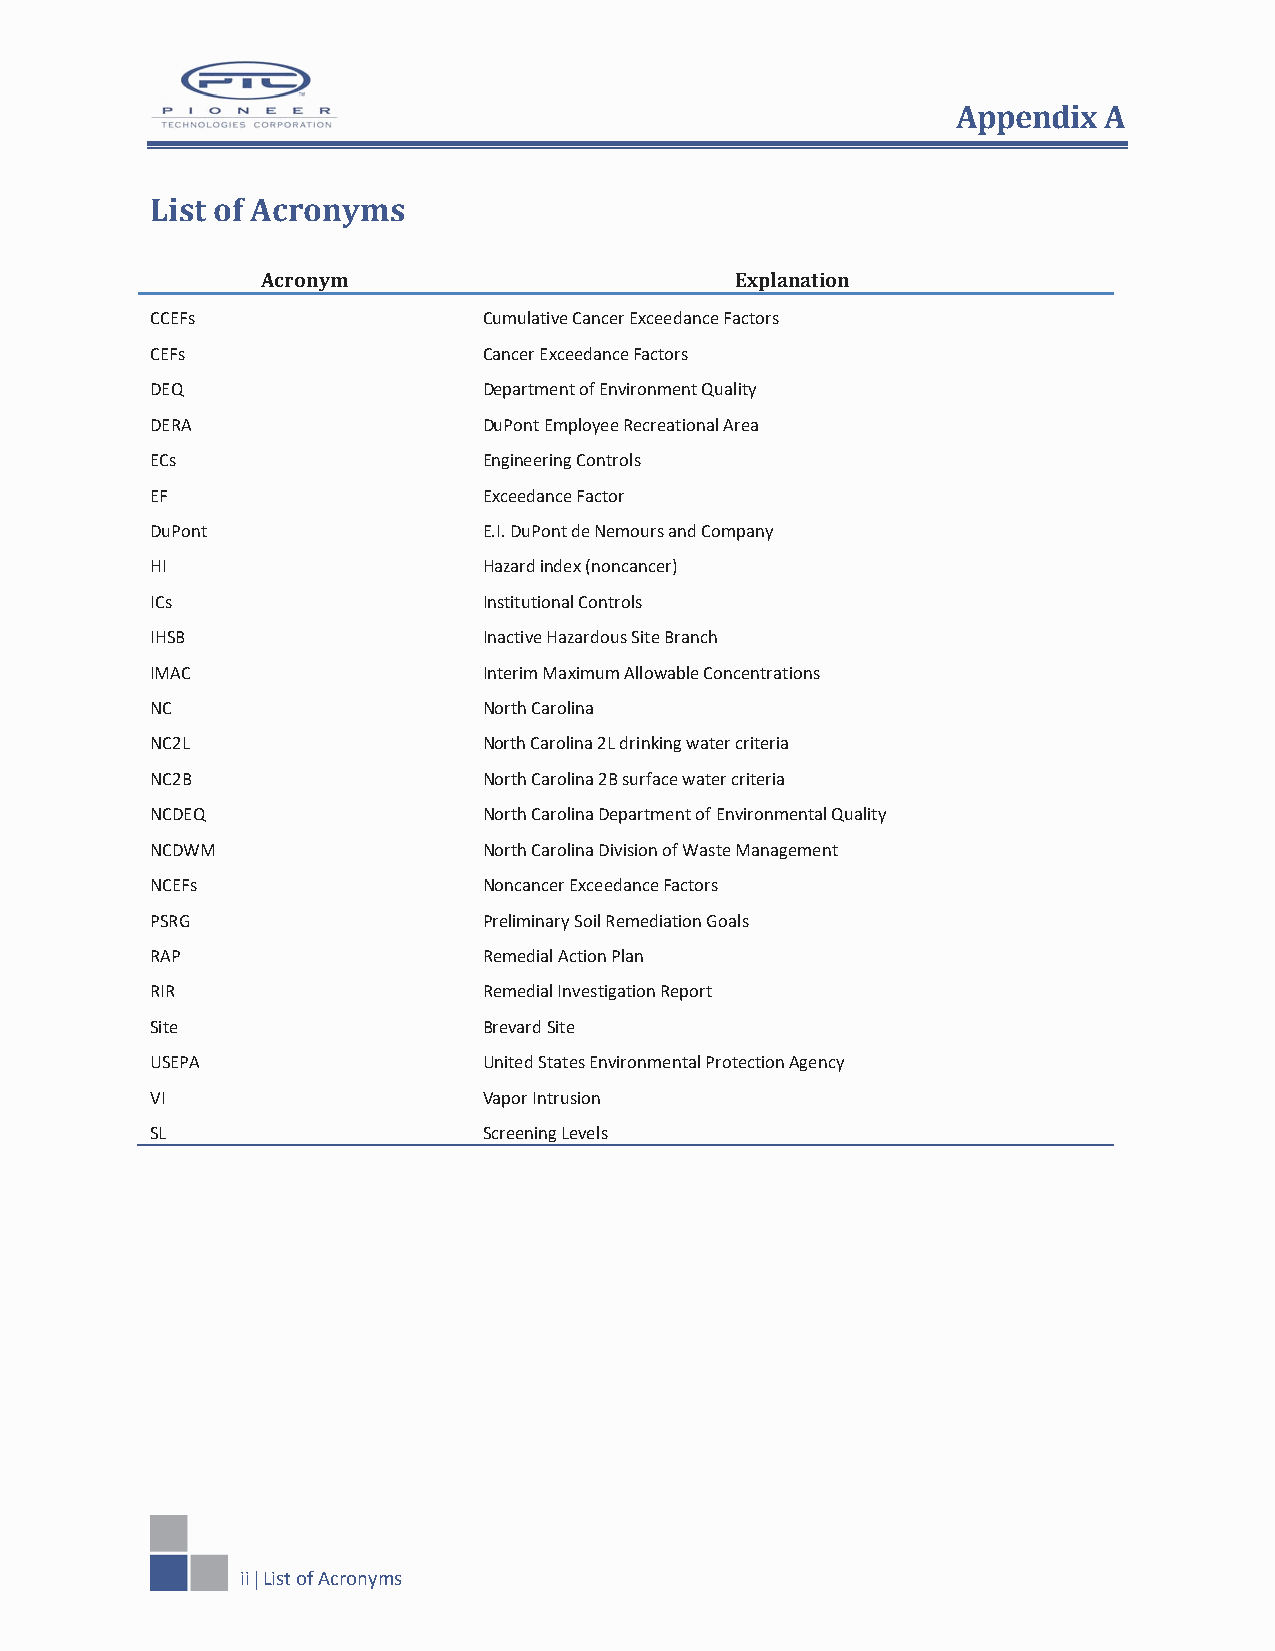
Appendix  A
 List of Acronyms
 Acronym                         Explanation
 CCEFs                 Cumulative Cancer Exceedance Factors
 CEFs                  Cancer Exceedance Factors
 DEQ                   Department of Environment Quality
 DERA                  DuPont Employee Recreational Area
 ECs                   Engineering Controls
 EF                    Exceedance Factor
 DuPont                E.I. DuPont de Nemours and Company
 HI                    Hazard index (noncancer)
 ICs                   Institutional Controls
 IHSB                  Inactive Hazardous Site Branch
 IMAC                  Interim Maximum Allowable Concentrations
 NC                    North Carolina
 NC2L                  North Carolina 2L drinking water criteria
 NC2B                  North Carolina 2B surface water criteria
 NCDEQ                 North Carolina Department of Environmental Quality
 NCDWM                 North Carolina Division of Waste Management
 NCEFs                 Noncancer Exceedance Factors
 PSRG                  Preliminary Soil Remediation Goals
 RAP                   Remedial Action Plan
 RIR                   Remedial Investigation Report
 Site                  Brevard Site
 USEPA                 United States Environmental Protection Agency
 VI                    Vapor Intrusion
 SL                    Screening Levels
 ii | List of Acronyms